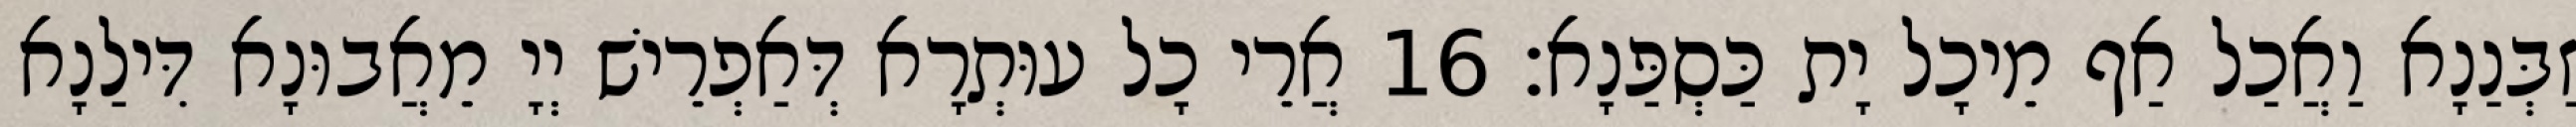
זַבְּנַנָא וַאֲכַל אַף מֵיכָל יָת כַּסְפַּנָא׃ 16 אֲרֵי כָל עוּתְרָא דְּאַפְרֵישׁ יְיָ מֵאֲבוּנָא דִּילַנָא